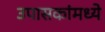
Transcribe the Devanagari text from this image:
उपासकांमध्ये